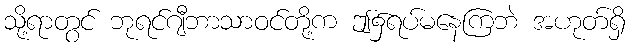
သို့ရာတွင် ဘုရင်ဂျီဘာသာဝင်တို့က ဤ၌ရပ်မနေကြဘဲ အဟုတ်ရှိ